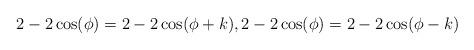
LaTeX: \begin{align*} 2-2\cos(\phi)=2-2\cos(\phi+k), 2-2\cos(\phi)=2-2\cos(\phi-k)\end{align*}